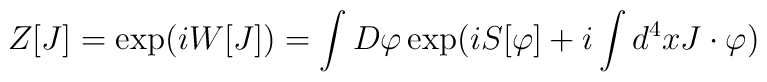
Z[J]=\exp(iW[J])=\int D\varphi\exp(iS[\varphi]+i\int d^4x J\cdot\varphi)